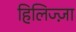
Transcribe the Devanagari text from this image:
हिलिज्ज़ा